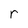
Character: r